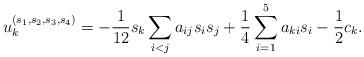
LaTeX: \begin{align*}u_k^{(s_1,s_2,s_3,s_4)} = - \frac{1}{12} s_k \sum_{i<j} a_{ij} s_i s_j + \frac{1}{4} \sum_{i=1}^5 a_{ki} s_i - \frac{1}{2} c_k.\end{align*}